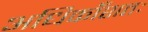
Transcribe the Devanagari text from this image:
अधिकाँशतः